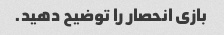
بازی انحصار را توضیح دهید.